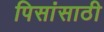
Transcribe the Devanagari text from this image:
पिसांसाठी